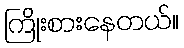
ကြိုးစားနေတယ်။